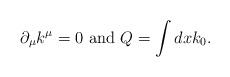
LaTeX: \begin{align*}\partial _{\mu }k^{\mu }=0\textrm{ and }Q=\int dxk_{0}.\end{align*}